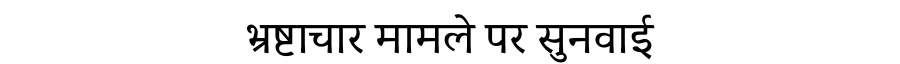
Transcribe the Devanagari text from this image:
भ्रष्टाचार मामले पर सुनवाई